Vaccination United Provinces of Agra and Oudh 1902-1913 - 1902-1913
Year: 1902
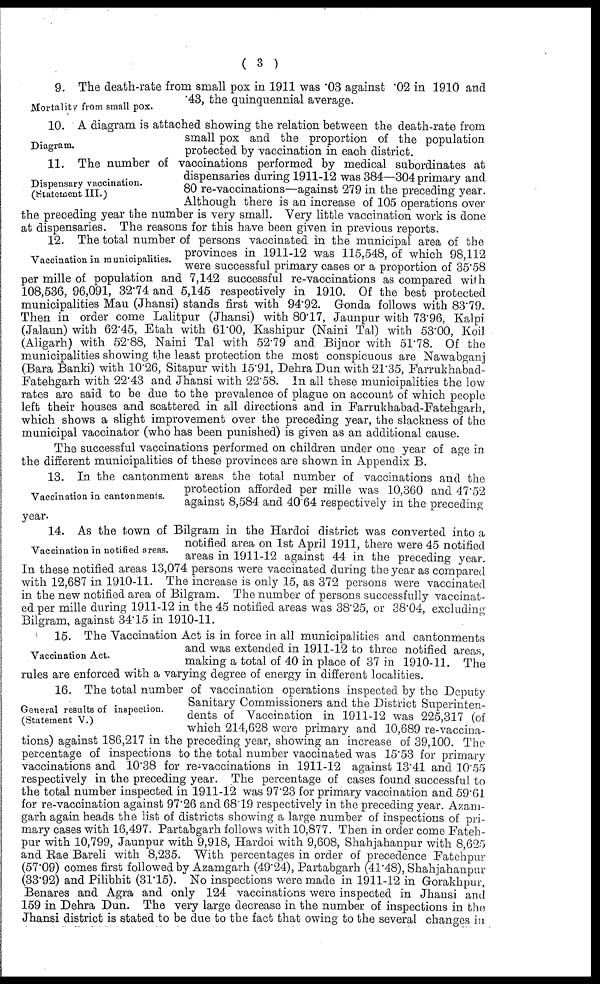
( 3 )
Mortality from small pox.
9. The death-rate from small pox in 1911 was .03 against .02 in 1910 and
.43, the quinquennial average.
Diagram.
10. A diagram is attached showing the relation between the death-rate from
small pox and the proportion of the population
protected by vaccination in each district.
Dispensary vaccination.
(Statement III.)
11. The number of vaccinations performed by medical subordinates at
dispensaries during 1911-12 was 384—304 primary and
80 re-vaccinations—against 279 in the preceding year.
Although there is an increase of 105 operations over
the preceding year the number is very small. Very little vaccination work is done
at dispensaries. The reasons for this have been given in previous reports.
Vaccination in municipalities.
12. The total number of persons vaccinated in the municipal area of the
provinces in 1911-12 was 115,548, of which 98,112
were successful primary cases or a proportion of 35.58
per mille of population and 7,142 successful re-vaccinations as compared with
108,536, 96,091, 32.74 and 5,145 respectively in 1910. Of the best protected
municipalities Mau (Jhansi) stands first with 94.92. Gonda follows with 83.79.
Then in order come Lalitpur (Jhansi) with 80.17, Jaunpur with 73.96, Kalpi
(Jalaun) with 62.45, Etah with 61.00, Kashipur (Naini Tal) with 53.00, Koil
(Aligarh) with 52.88, Naini Tal with 52.79 and Bijnor with 51.78. Of the
municipalities showing the least protection the most conspicuous are Nawabganj
(Bara Banki) with 10.26, Sitapur with 15.91, Dehra Dun with 21.35, Farrukhabad-
Fatehgarh with 22.43 and Jhansi with 22.58. In all these municipalities the low
rates are said to be due to the prevalence of plague on account of which people
left their houses and scattered in all directions and in Farrukhabad-Fatehgarh,
which shows a slight improvement over the preceding year, the slackness of the
municipal vaccinator (who has been punished) is given as an additional cause.
The successful vaccinations performed on children under one year of age in
the different municipalities of these provinces are shown in Appendix B.
Vaccination in cantonments.
13. In the cantonment areas the total number of vaccinations and the
protection afforded per mille was 10,360 and 47.52
against 8,584 and 40.64 respectively in the preceding
year.
Vaccination in notified areas.
14. As the town of Bilgram in the Hardoi district was converted into a
notified area on 1st April 1911, there were 45 notified
areas in 1911-12 against 44 in the preceding year.
In these notified areas 13,074 persons were vaccinated during the year as compared
with 12,687 in 1910-11. The increase is only 15, as 372 persons were vaccinated
in the new notified area of Bilgram. The number of persons successfully vaccinat-
ed per mille during 1911-12 in the 45 notified areas was 38.25, or 38.04, excluding
Bilgram, against 34.15 in 1910-11.
Vaccination Act.
15. The Vaccination Act is in force in all municipalities and cantonments
and was extended in 1911-12 to three notified areas,
making a total of 40 in place of 37 in 1910-11. The
rules are enforced with a varying degree of energy in different localities.
General results of inspection.
(Statement V.)
16. The total number of vaccination operations inspected by the Deputy
Sanitary Commissioners and the District Superinten-
dents of Vaccination in 1911-12 was 225,317 (of
which 214,628 were primary and 10,689 re-vaccina-
tions) against 186,217 in the preceding year, showing an increase of 39,100. The
percentage of inspections to the total number vaccinated was 15'53 for primary
vaccinations and 10.38 for re-vaccinations in 1911-12 against 13.41 and 10.55
respectively in the preceding year. The percentage of cases found successful to
the total number inspected in 1911-12 was 97.23 for primary vaccination and 59.61
for re-vaccination against 97.26 and 68.19 respectively in the preceding year. Azam¬
garh again heads the list of districts showing a large number of inspections of pri-
mary cases with 16,497. Partabgarh follows with 10,877. Then in order come Fateh¬
pur with 10,799, Jaunpur with 9,918, Hardoi with 9,608, Shahjahanpur with 8,625
and Rae Bareli with 8,235. With percentages in order of precedence Fatehpur
(57.09) comes first followed by Azamgarh (49.24), Partabgarh (41.48), Shahjahanpur
(33.92) and Pilibhit (31.15). No inspections were made in 1911-12 in Gorakhpur,
Benares and Agra and only 124 vaccinations were inspected in Jhansi and
159 in Dehra Dun. The very large decrease in the number of inspections in the
Jhansi district is stated to be due to the fact that owing to the several changes in